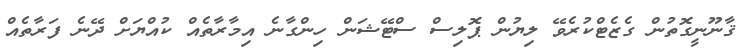
ޤާނޫނީގޮތުން ގެޒެޓްކުރެވޭ ލިޔުން ޕޮލިސް ސްޓޭޝަން ހިންގާނެ އިމާރާތެއް ކުއްޔަށް ދޭނެ ފަރާތެއް